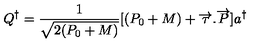
Q ^ { \dagger } = \frac { 1 } { \sqrt { 2 ( P _ { 0 } + M ) } } [ ( P _ { 0 } + M ) + \overrightarrow { \tau } . \overrightarrow { P } ] a ^ { \dagger }